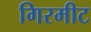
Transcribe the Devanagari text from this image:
गिरमीट